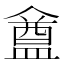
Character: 𥂝